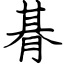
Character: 朞